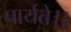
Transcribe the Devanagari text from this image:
पार्यते।।